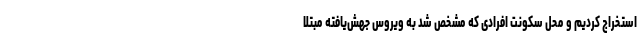
استخراج کردیم و محل سکونت افرادی که مشخص شد به ویروس جهش‌یافته مبتلا